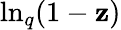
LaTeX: \ln_{q}(1-\mathbf{z})